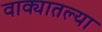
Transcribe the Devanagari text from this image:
वाक्यातल्या